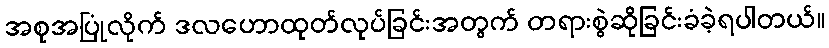
အစုအပြုံလိုက် ဒလဟောထုတ်လုပ်ခြင်းအတွက် တရားစွဲဆိုခြင်းခံခဲ့ရပါတယ်။